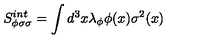
S _ { \phi \sigma \sigma } ^ { i n t } = \int d ^ { 3 } x \lambda _ { \phi } \phi ( x ) \sigma ^ { 2 } ( x )